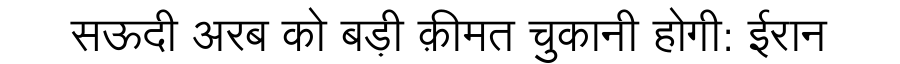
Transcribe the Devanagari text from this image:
सऊदी अरब को बड़ी क़ीमत चुकानी होगी: ईरान